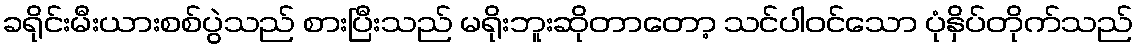
ခရိုင်းမီးယားစစ်ပွဲသည် စားပြီးသည် မရိုးဘူးဆိုတာတော့ သင်ပါဝင်သော ပုံနှိပ်တိုက်သည်